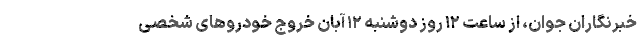
خبرنگاران جوان، از ساعت ۱۲ روز دوشنبه ۱٢ آبان خروج خودرو‌های شخصی